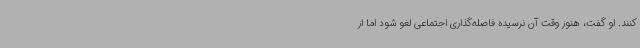
کنند. او گفت، هنوز وقت آن نرسیده فاصله‌گذاری اجتماعی لغو شود اما از